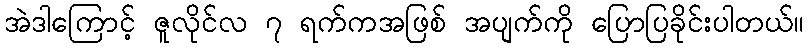
အဲဒါကြောင့် ဇူလိုင်လ ၇ ရက်ကအဖြစ် အပျက်ကို ပြောပြခိုင်းပါတယ်။